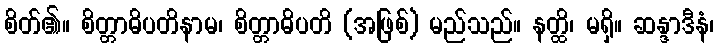
စိတ်၏။ စိတ္တာဓိပတိနာမ၊ စိတ္တာဓိပတိ (အဖြစ်) မည်သည်။ နတ္ထိ၊ မရှိ။ ဆန္ဒာဒီနံ၊